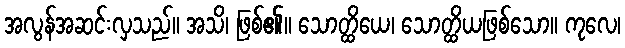
အလွန်အဆင်းလှသည်။ အသိ၊ ဖြစ်၏။ သောတ္ထိယေ၊ သောတ္ထိယဖြစ်သော။ ကုလေ၊